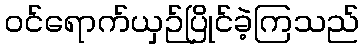
ဝင်ရောက်ယှဉ်ပြိုင်ခဲ့ကြသည်